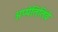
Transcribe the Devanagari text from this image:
अप्पेतितिवे